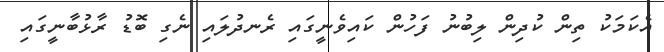
އެކަމަކު ތިން ކުދިން ލިބުނު ފަހުން ކައިވެނީގައި ރެނދުލައި ނެގި ބޮޑު ރާޅުބާނީގައި